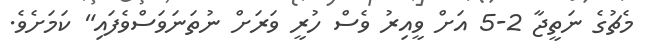
މެޗުގެ ނަތީޖާ 2-5 އަށް ވީއިރު ވެސް ހުރީ ވަރަށް ނުތަނަވަސްވެފައި" ކަމަށެވެ.